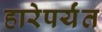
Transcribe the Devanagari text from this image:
हारेपर्यंत